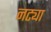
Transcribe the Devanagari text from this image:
नट्या